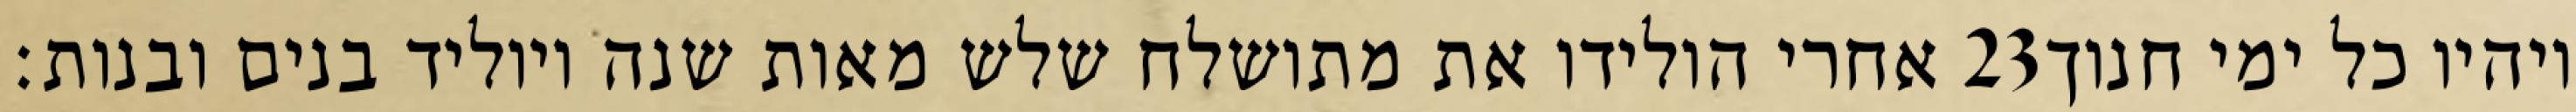
אחרי הולידו את מתושלח שלש מאות שנה ויוליד בנים ובנות׃ ‎23‏ ויהיו כל ימי חנוך